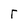
Character: r